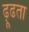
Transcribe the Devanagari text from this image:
ढ़ूढता